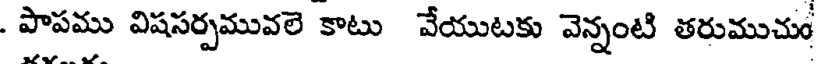
పాపము విషసర్పమువలె కాటు వేయుటకు వెన్నంటి తరుముచుం